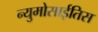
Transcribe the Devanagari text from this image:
न्युमोसाईतिस